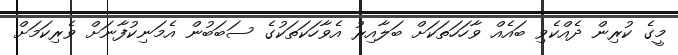
މީގެ ކުރިން ދެއްކެވި ބައެއް ވާހަހަތަކަށް ބަލާއިރު އެވާހަކަތަކުގެ ސަބަބުން އެމަނިކުފާނަށް ވެރިކަމަށް